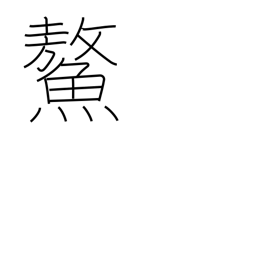
Meaning: huge sea turtle